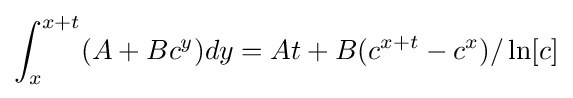
\int _{x}^{x+t}(A+Bc^{y})dy=At+B(c^{x+t}-c^{x})/\ln[c]